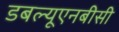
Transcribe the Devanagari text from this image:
डबल्यूएनबीसी